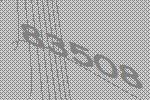
83508